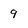
Character: 9